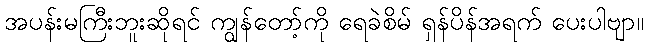
အပန်းမကြီးဘူးဆိုရင် ကျွန်တော့်ကို ရေခဲစိမ် ရှန်ပိန်အရက် ပေးပါဗျာ။